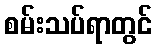
စမ်းသပ်ရာတွင်